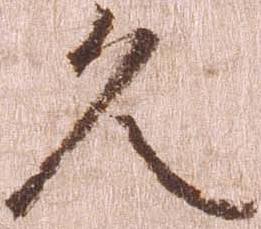
久